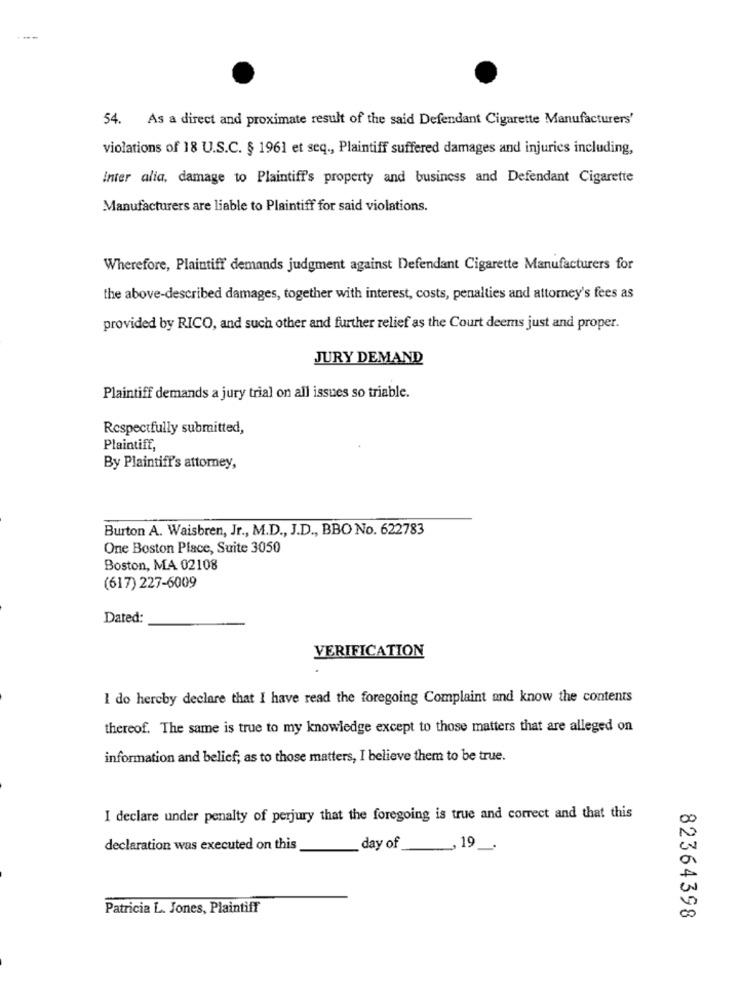
54. As a direct and proximate result of the said Defendant Cigarette Manufacturers'
violations of 18 U.S.C. § 1961 et seq ., Plaintiff suffered damages and injuries including,
Inter alia, damage to Plaintiff's property and business and Defendant Cigarette
Manufacturers are liable to Plaintiff for said violations.
Wherefore, Plaintiff demands judgment against Defendant Cigarette Manufacturers for
the above-described damages, together with interest, costs, penalties and attorney's fees as
provided by RICO, and such other and further relief as the Court deems just and proper.
JURY DEMAND
Plaintiff demands a jury trial on all issues so triable.
Respectfully submitted,
Plaintiff,
By Plaintiff's attorney,
Burton A. Waisbren, Jr ., M.D ., J.D ., BBO No. 622783
One Boston Place, Suite 3050
Boston, MA 02108
(617) 227-6009
Dated:
VERIFICATION
I do hereby declare that I have read the foregoing Complaint and know the contents
thereof. The same is true to my knowledge except to those matters that are alleged on
information and belief; as to those matters, I believe them to be true.
I declare under penalty of perjury that the foregoing is true and correct and that this
00
declaration was executed on this
day of
_, 19
Cv
Patricia L. Jones, Plaintiff
82364398